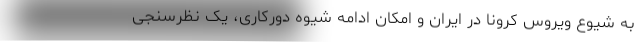
به شیوع ویروس کرونا در ایران و امکان ادامه شیوه دورکاری، یک نظرسنجی